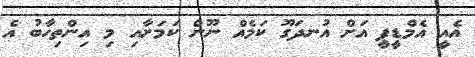
އެއީ އެމްޑީޕީ އަށް އުނދަގޫ ކަމެއް ނޫން ކަމަށާއި މި އިންތިހާބު އެ